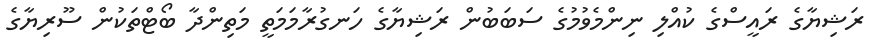
ރަޝިޔާގެ ރައީސްގެ ކުއްލި ނިންމެވުމުގެ ސަބަބުން ރަޝިޔާގެ ހަނގުރާމަމަތީ މަތިންދާ ބޯޓްތަކުން ސޫރިޔާގެ